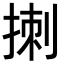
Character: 𪮁